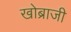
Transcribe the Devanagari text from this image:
खोब्राजी